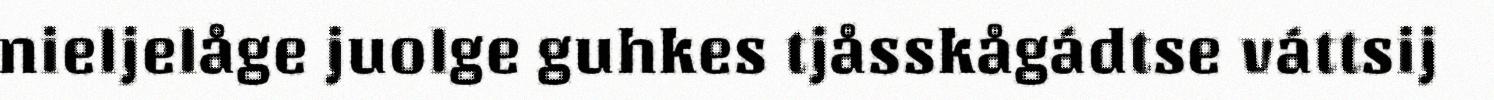
nieljelåge juolge guhkes tjåsskågádtse váttsij